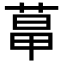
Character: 𦳱